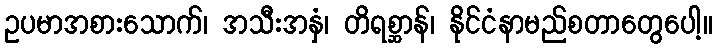
ဥပမာအစားသောက်၊ အသီးအနှံ၊ တိရစ္ဆာန်၊ နိုင်ငံနာမည်စတာတွေပေါ့။